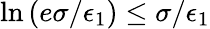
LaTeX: \ln\left(e\sigma/\epsilon_{1}\right)\le\sigma/\epsilon_{1}